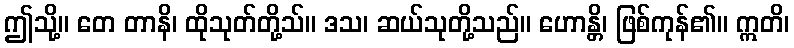
ဤသို့။ တေ တာနိ၊ ထိုသုတ်တို့သ်။ ဒသ၊ ဆယ်သုတို့သည်။ ဟောန္တိ၊ ဖြစ်ကုန်၏။ ဣတိ၊